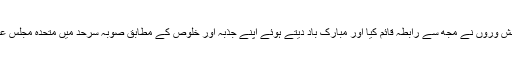
انتخابات کے نتائج سامنے آنے پر کم از کم چھ مختلف ملکوں کے مسلم دانش وروں نے مجھ سے رابطہ قائم کیا اور مبارک باد دیتے ہوئے اپنے جذبہ اور خلوص کے مطابق صوبہ سرحد میں متحدہ مجلس عمل کی متوقع حکومت کو کامیاب بنانے کے لیے بہت سے مشورے دیے۔